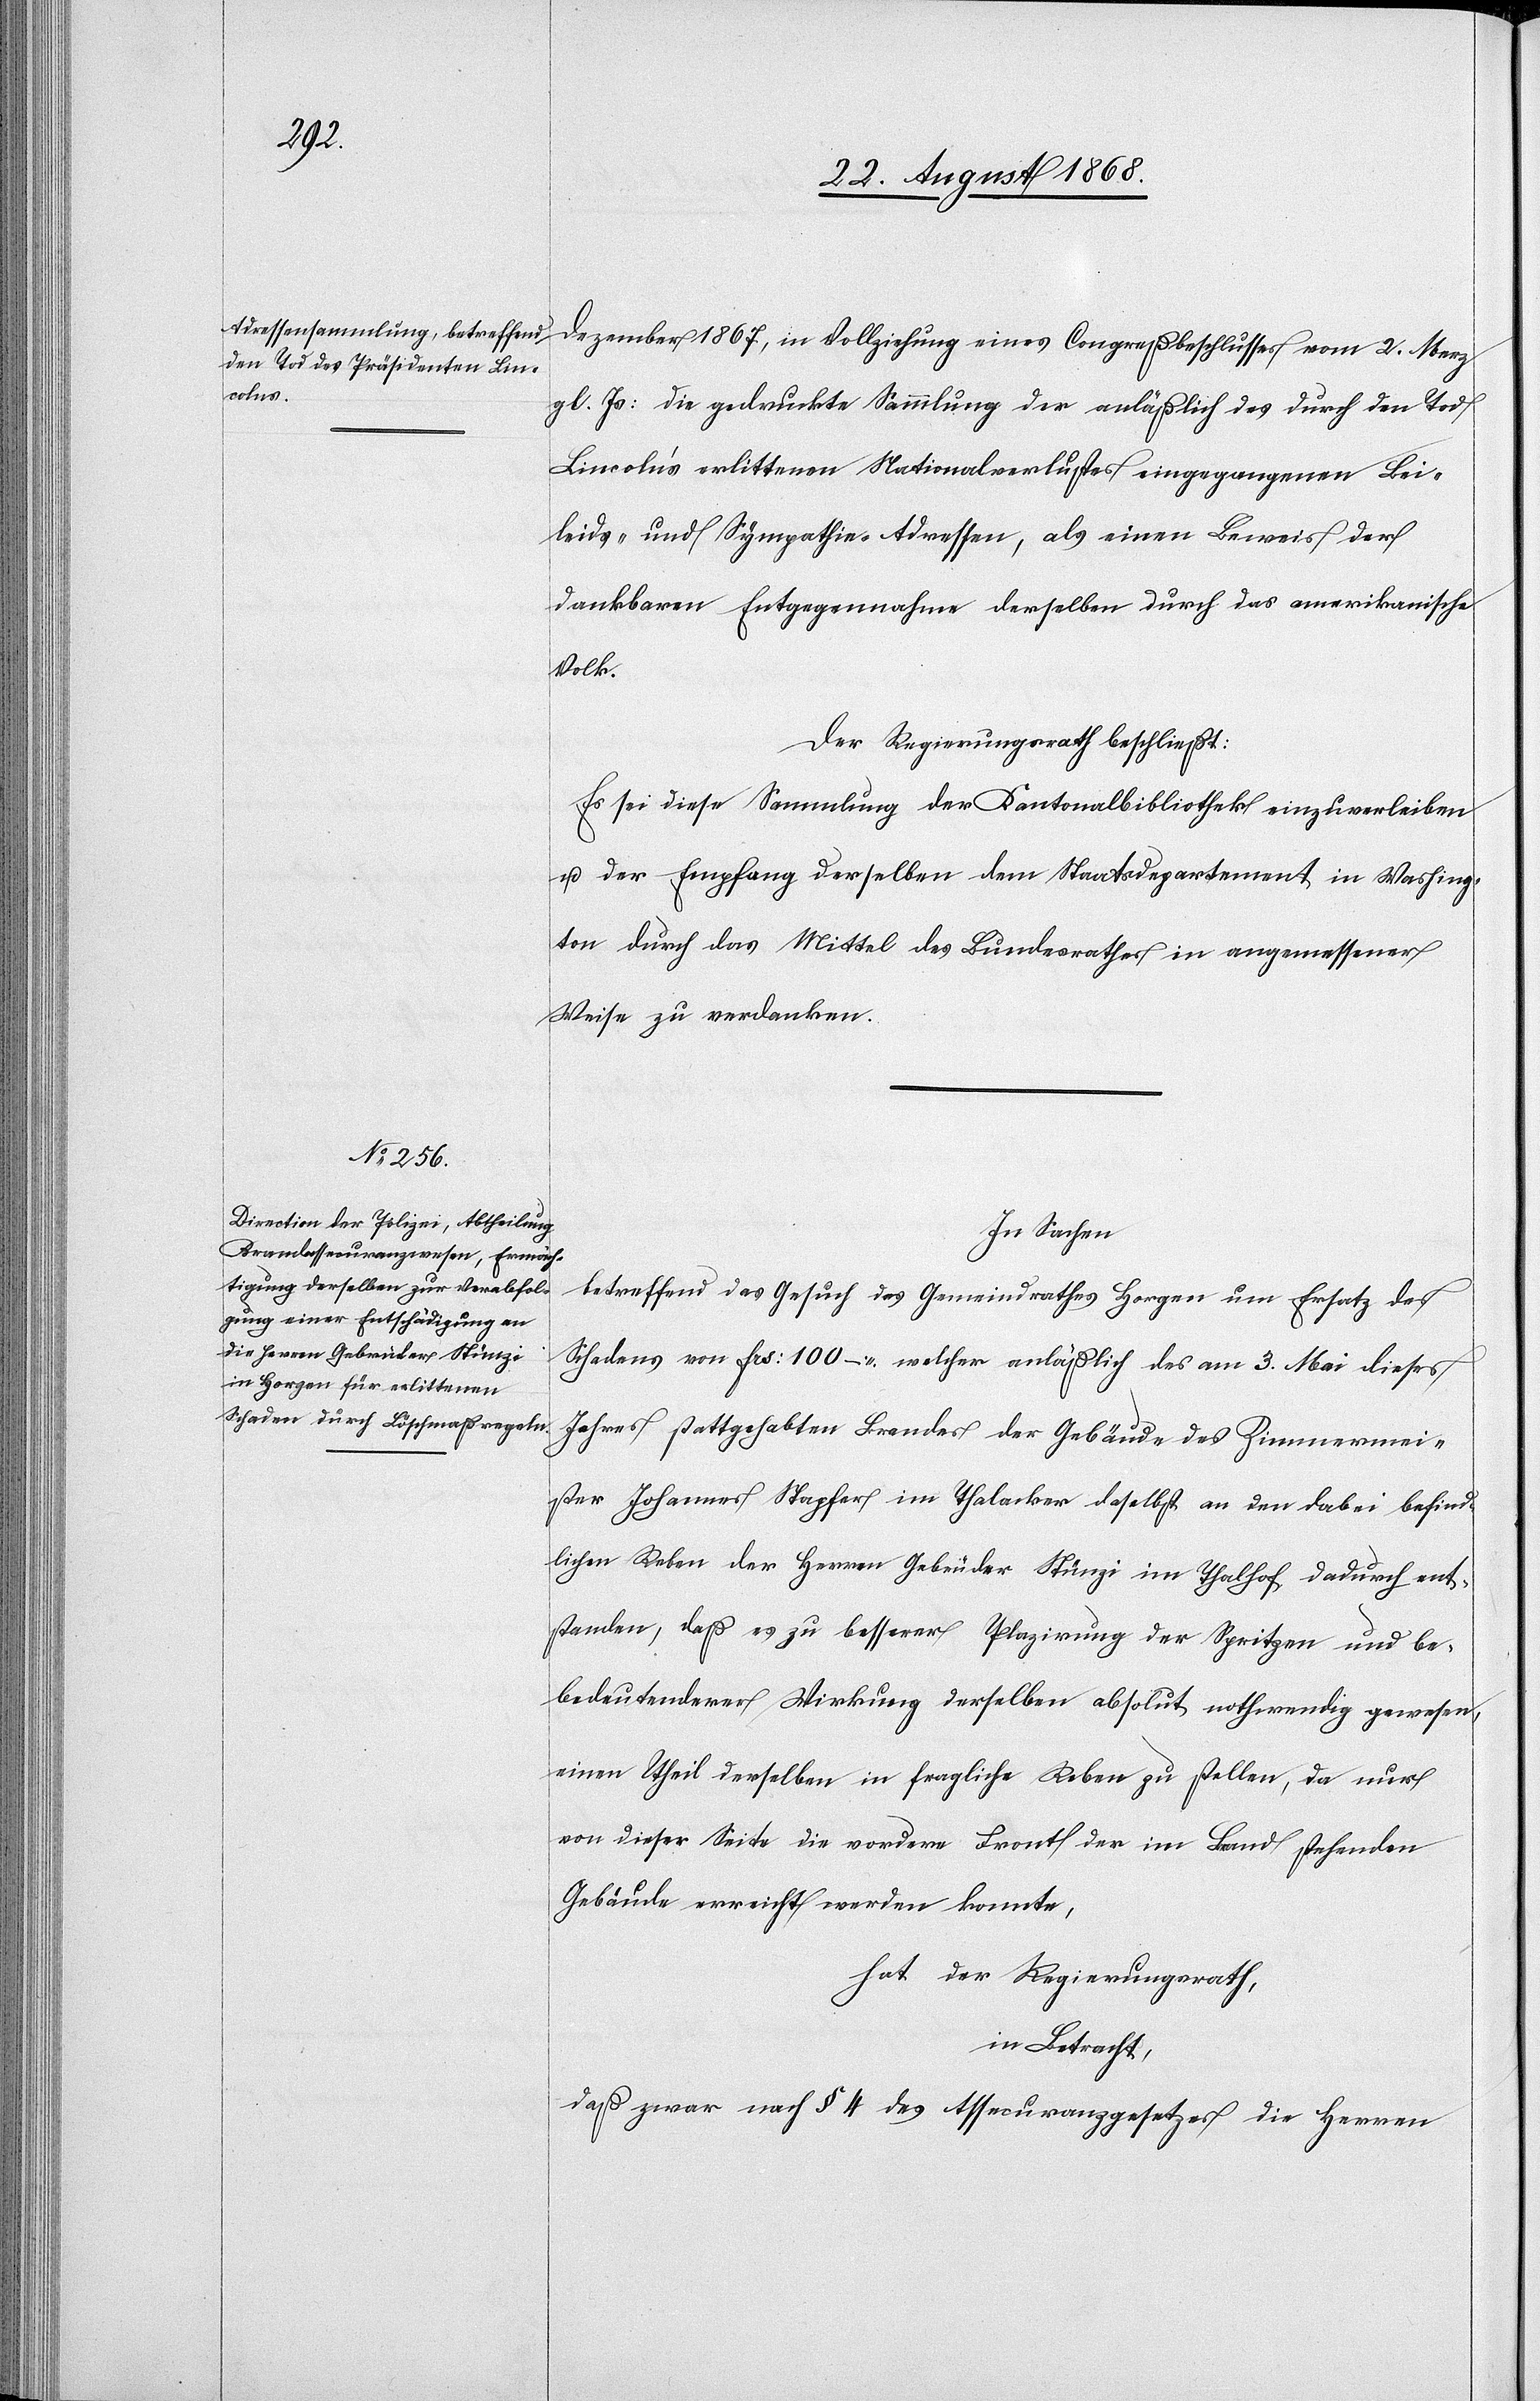
Dezember 1867, in Vollziehung eines Congreßbeschlusses vom 2. Merz
gl. Js: die gedruckte Sammlung der anläßlich des durch den Tod
Lincoln’s erlittenen Nationalverlustes eingegangenen Bei¬
leids- und Sympathie-Adressen, als einen Beweis der
dankbaren Entgegennahme derselben durch das amerikanische
Volk.
Der Regierungsrath beschließt:
Es sei diese Sammlung der Kantonalbibliothek einzuverleiben
u. der Empfang derselben dem Staatsdepartement in Washing¬
ton durch das Mittel des Bundesrathes in angemessener
Weise zu verdanken.
In Sachen
betreffend das Gesuch des Gemeindrathes Horgen um Ersatz des
Schadens von Frs: 100 – welcher anläßlich des am 3. Mai dieses
Jahres stattgehabten Brandes der Gebäude des Zimmermei¬
ster Johannes Stapfer im Thalacker daselbst an den dabei befind¬
lichen Reben der Herren Gebrüder Stünzi im Thalhof dadurch ent¬
standen, daß es zu besserer Plazirung der Spritzen und be¬
bedeutenderer [sic!] Wirkung derselben absolut nothwendig gewesen,
einen Theil derselben in fragliche Reben zu stellen, da nur
von dieser Seite die vordere Front der im Brand stehenden
Gebäude erreicht werden konnte,
hat der Regierungsrath,
in Betracht,
daß zwar nach § 4 des Assecuranzgesetzes die Herren